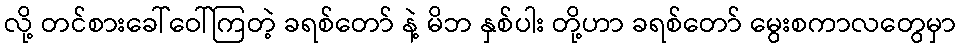
လို့ တင်စားခေါ်ဝေါ်ကြတဲ့ ခရစ်တော် နဲ့ မိဘ နှစ်ပါး တို့ဟာ ခရစ်တော် မွေးစကာလတွေမှာ